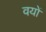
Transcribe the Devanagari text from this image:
वयों